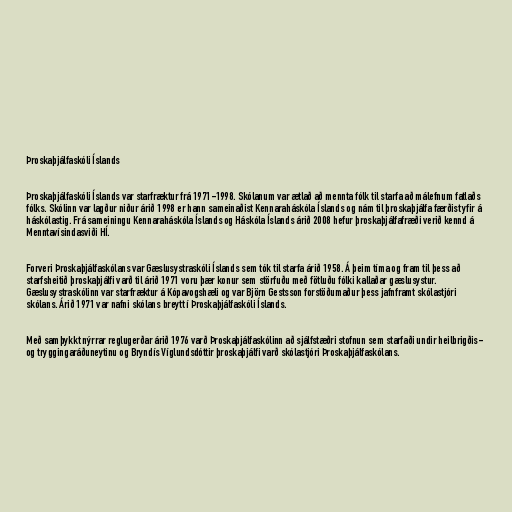
Þroskaþjálfaskóli Íslands

Þroskaþjálfaskóli Íslands var starfræktur frá 1971-1998. Skólanum var ætlað að mennta fólk til starfa að málefnum fatlaðs
fólks. Skólinn var lagður niður árið 1998 er hann sameinaðist Kennaraháskóla Íslands og nám til þroskaþjálfa færðist yfir á
háskólastig. Frá sameiningu Kennaraháskóla Íslands og Háskóla Íslands árið 2008 hefur þroskaþjálfafræði verið kennd á
Menntavísindasviði HÍ.

Forveri Þroskaþjálfaskólans var Gæslusystraskóli Íslands sem tók til starfa árið 1958. Á þeim tíma og fram til þess að
starfsheitið þroskaþjálfi varð til árið 1971 voru þær konur sem störfuðu með fötluðu fólki kallaðar gæslusystur.
Gæslusystraskólinn var starfræktur á Kópavogshæli og var Björn Gestsson forstöðumaður þess jafnframt skólastjóri
skólans. Árið 1971 var nafni skólans breytt í Þroskaþjálfaskóli Íslands.

Með samþykkt nýrrar reglugerðar árið 1976 varð Þroskaþjálfaskólinn að sjálfstæðri stofnun sem starfaði undir heilbrigðis-
og tryggingaráðuneytinu og Bryndís Víglundsdóttir þroskaþjálfi varð skólastjóri Þroskaþjálfaskólans.